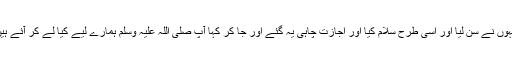
} انہوں نے سن لیا اور اسی طرح سلام کیا اور اجازت چاہی یہ گئے اور جا کر کہا آپ صلی اللہ علیہ وسلم ہمارے لیے کیا لے کر آئے ہیں ؟